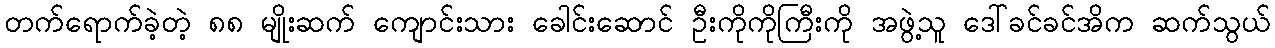
တက်ရောက်ခဲ့တဲ့ ၈၈ မျိုးဆက် ကျောင်းသား ခေါင်းဆောင် ဦးကိုကိုကြီးကို အဖွဲ့သူ ဒေါ်ခင်ခင်အိက ဆက်သွယ်